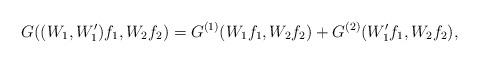
LaTeX: \begin{align*}G((W_1,W'_{1})f_1, W_2f_2)=G^{(1)}(W_1f_1, W_2f_2)+G^{(2)}(W'_{1}f_1, W_2f_2),\end{align*}